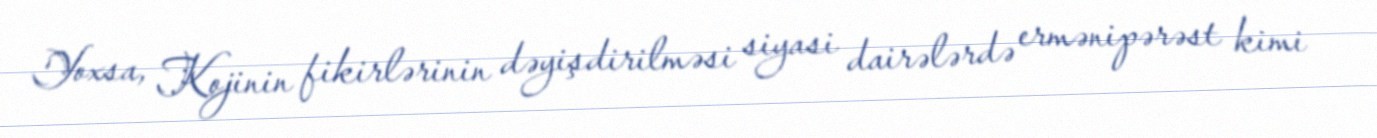
Yoxsa, Kojinin fikirlərinin dəyişdirilməsi siyasi dairələrdə ermənipərəst kimi